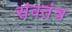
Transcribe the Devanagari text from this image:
संवतंत्र